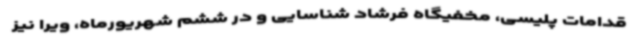
قدامات پلیسی، مخفیگاه فرشاد شناسایی و در ششم شهریورماه، ویرا نیز